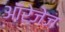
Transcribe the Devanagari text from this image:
ऑरेजेज